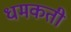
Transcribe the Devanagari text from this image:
धमकती